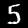
Label: 5